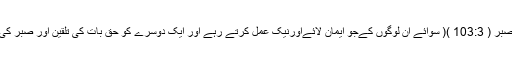
اِلَّاالَّذِ یْنَ اٰمَنُوْاوَ عَمِلُوا اصّٰلِحٰتِ وَ تَوَاصَوْابِالْحَقُِ لا وَتَوَصَوْا بِالصَّبْر ( 103:3 )( سوائے اُن لوگوں کےجو ایمان لائےاورنیک عمل کرتے رہے اور ایک دُوسرے کو حق بات کی تلقین اور صبر کی تاکید کرتے رہے) اللہ ہمارا شمار اِن لوگوں میں کر دے ۔